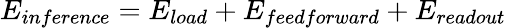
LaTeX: E_{inference}=E_{load}+E_{feedforward}+E_{readout}